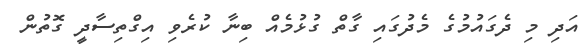
އަދި މި ދެގައުމުގެ މެދުގައި ގާތް ގުޅުމެއް ބިނާ ކުރެވި އިގްތިސާދީ ގޮތުން